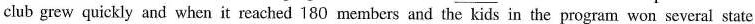
club grew quickly and when it reached 180 members and the kids in the program won several state